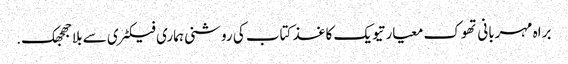
براہ مہربانی تھوک معیار تیویک کاغذ کتاب کی روشنی ہماری فیکٹری سے بلا جھجھک.